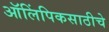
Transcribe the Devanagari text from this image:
ऑलिंपिकसाठीचे